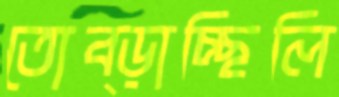
তোব্‌ড়াচ্ছিলি